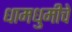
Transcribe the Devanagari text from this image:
धामधुमीचे